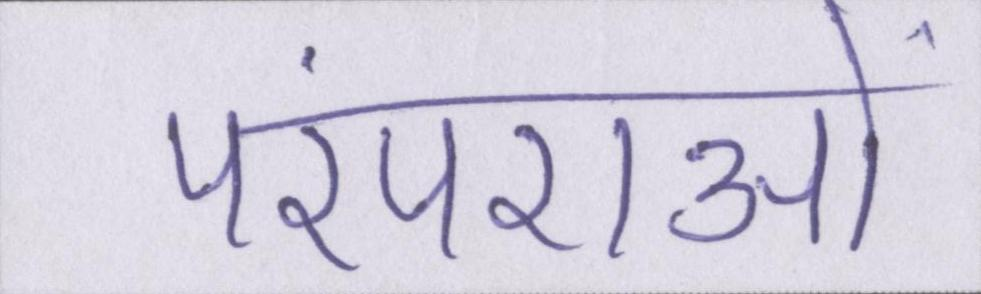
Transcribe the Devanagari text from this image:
परंपराओं